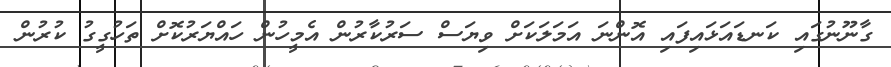
ގާނޫނުގައި ކަނޑައަޅައިފައި އޮންނަ އަމަލަކަށް ވިޔަސް ސަރުކާރުން އެމީހުން ހައްޔަރުކޮށް ތަހުގީގު ކުރުން